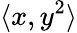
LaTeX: \langle x,y^{2}\rangle